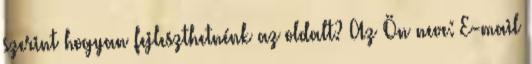
szerint hogyan fejleszthetnénk az oldalt? Az Ön neve: E-mail